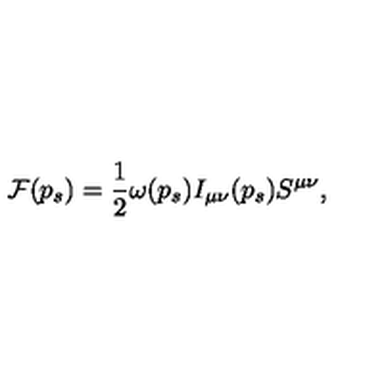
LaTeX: { \cal F } ( p _ { s } ) = \frac { 1 } { 2 } \omega ( p _ { s } ) I _ { \mu \nu } ( p _ { s } ) S ^ { \mu \nu } ,